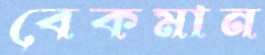
বেকমান